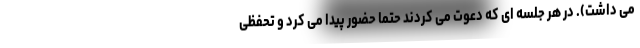
می داشت). در هر جلسه ای که دعوت می کردند حتما حضور پیدا می کرد و تحفظی